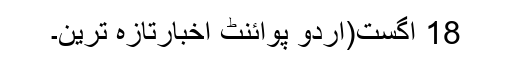
18 اگست(اُردو پوائنٹ اخبارتازہ ترین۔